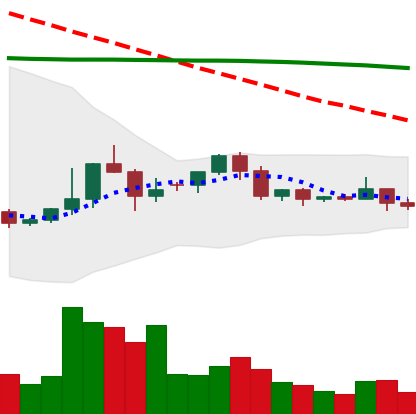
Ticker: ETC-USD
Chart end date: 2022-06-08
Forward return: -32.441%
Label: down_7plus